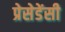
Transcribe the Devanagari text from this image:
प्रेसेडेंसी